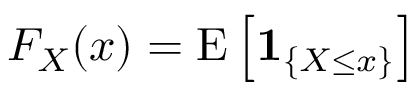
F _ { X } ( x ) = \operatorname { E } \left[ \mathbf { 1 } _ { \{ X \leq x \} } \right]